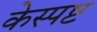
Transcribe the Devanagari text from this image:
केस्पष्ट